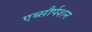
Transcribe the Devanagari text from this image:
एब्सौर्पशन